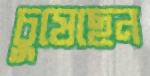
চুষেছেন